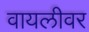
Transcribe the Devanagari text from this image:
वायलीवर